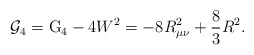
\begin{align*}{\cal G}_{4}={\rm G}_{4}-4W^{2}=-8R_{\mu \nu }^{2}+\frac{8}{3}R^{2}.\end{align*}